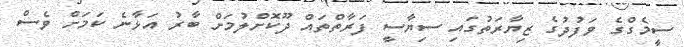
ސީމެގްގެ ވަފުދުގެ ޒިޔާރަތުގައި ސިޔާސީ ފަރާތްތައް ދޫކޮށްލުމަށް ބާރު އަޅާނެ ކަމަށް ވެސް